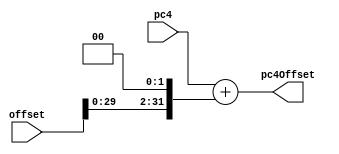
`timescale 1ns / 1ps
//////////////////////////////////////////////////////////////////////////////////
// Company: 
// Engineer: 
// 
// Design Name: 
// Module Name: PC4_AddOffset
// Project Name: 
// Target Devices: 
// Tool Versions: 
// Description: 
// 
// Dependencies: 
// 
// Revision:
// Revision 0.01 - File Created
// Additional Comments:
// 
//////////////////////////////////////////////////////////////////////////////////


module PC4_AddOffset(
	input [31:0]pc4,
    input [31:0]offset,
    output reg[31:0]pc4Offset
    );
    always @(pc4 or offset) begin
        pc4Offset <= pc4+(offset << 2);
    end
endmodule